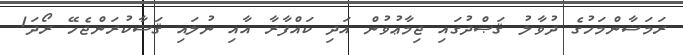
ރަމަޟާންމަހުގެ ދުވާލު ޤަޞްދުގައި ޖިމާޢުވުން އަދި ކައްފާރާ އާއި ނުލައި ޤަޟާކުރަންޖެހޭ ރޯދަ1